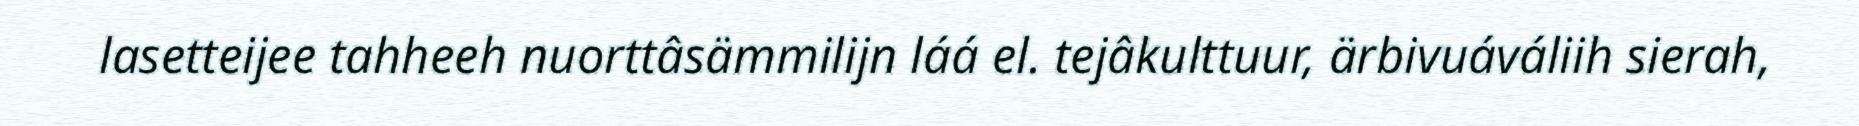
lasetteijee tahheeh nuorttâsämmilijn láá el. tejâkulttuur, ärbivuáváliih sierah,